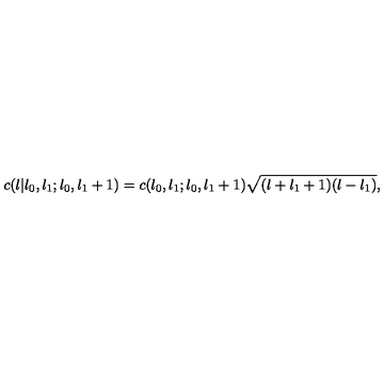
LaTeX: c ( l | l _ { 0 } , l _ { 1 } ; l _ { 0 } , l _ { 1 } + 1 ) = c ( l _ { 0 } , l _ { 1 } ; l _ { 0 } , l _ { 1 } + 1 ) \sqrt { ( l + l _ { 1 } + 1 ) ( l - l _ { 1 } ) } ,